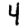
Digit: 4